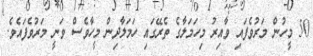
50 މީހުން މަރުވެފައި ވާއިރު މިހަމަލާގެ ތެރޭގައި ހަމަލާދިން މީހާވެސް ވަނީ މަރުވެފައެވެ.